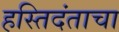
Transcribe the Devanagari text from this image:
हस्तिदंताचा